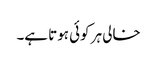
خالی ہر کوئی ہوتا ہے۔